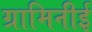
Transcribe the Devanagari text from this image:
ग्रामिनीई